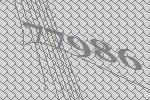
77986